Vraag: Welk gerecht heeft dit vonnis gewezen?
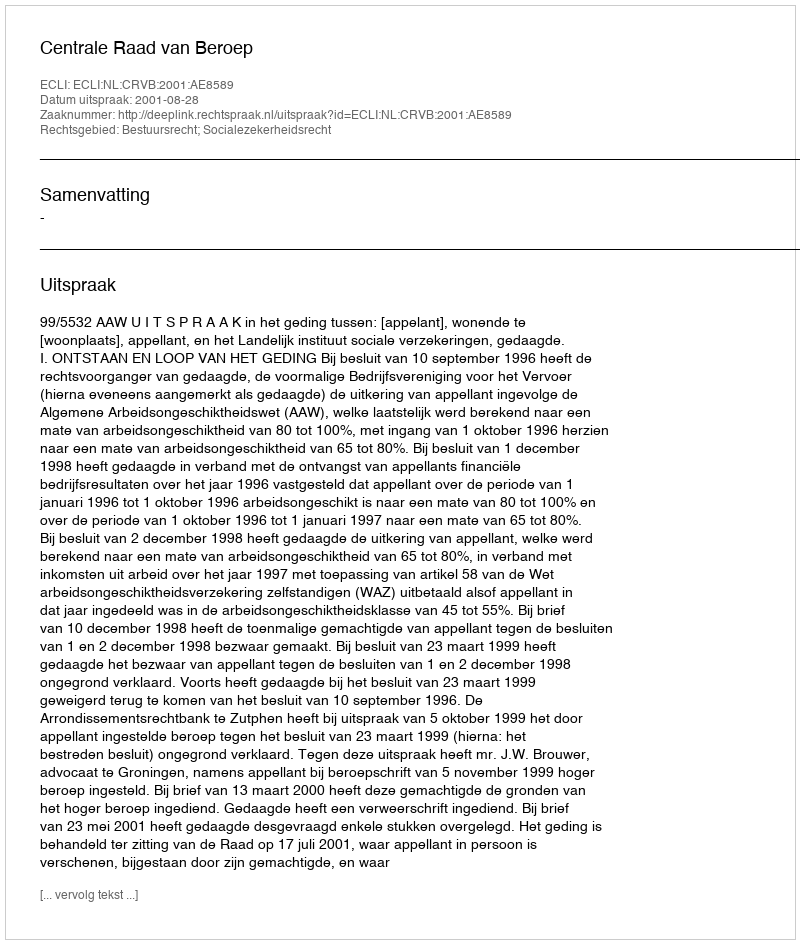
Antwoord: Centrale Raad van Beroep